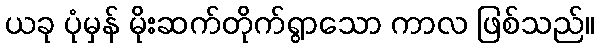
ယခု ပုံမှန် မိုးဆက်တိုက်ရွာသော ကာလ ဖြစ်သည်။